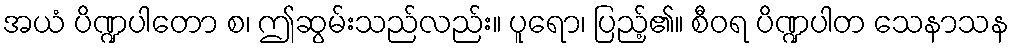
အယံ ပိဏ္ဍပါတော စ၊ ဤဆွမ်းသည်လည်း။ ပူရော၊ ပြည့်၏။ စီဝရ ပိဏ္ဍပါတ သေနာသန